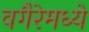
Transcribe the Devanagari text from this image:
वगैरेमध्ये